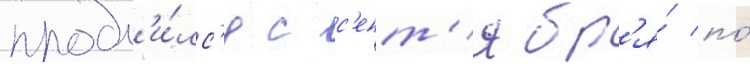
продл'и́лс'я с с'ент'ябр'я́ по́